Report of the Municipal Commissioner on the plague in Bombay for the year ending 31st May... - Volume 1
Disease focus: Plague
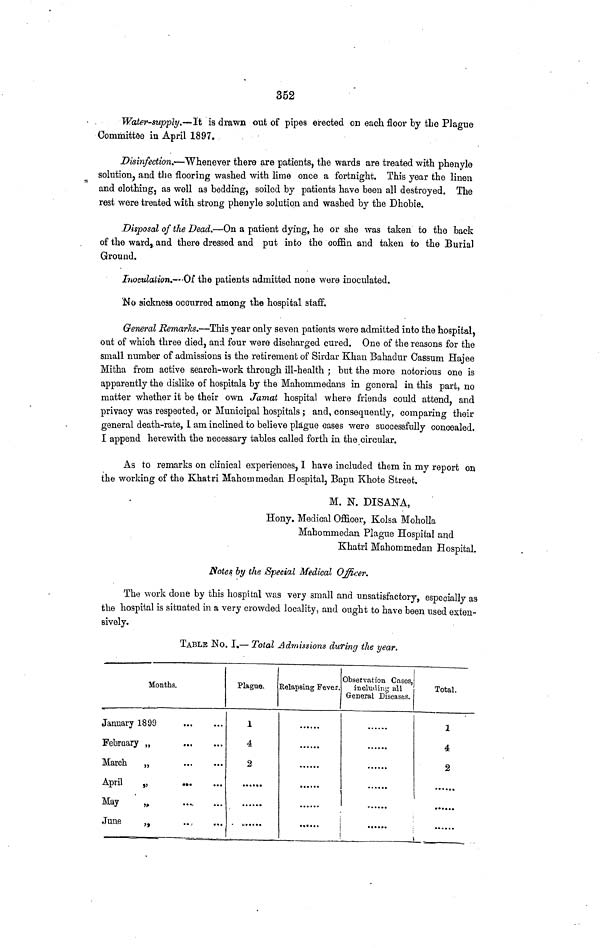
352
Water-supply.—It is drawn out of pipes erected on each floor by the Plague
Committee in April 1897.
Disinfection.—Whenever there are patients, the -wards are treated with phenyle
solution, and the flooring washed with lime once a fortnight. This year the linen
and clothing, as well as bedding, soiled by patients have been all destroyed. The
rest were treated with strong phenyle solution and washed by the Dhobie.
Disposal of the Dead.—On a patient dying, he or she was taken to the back
of the ward,, and there dressed and put into the coffin and taken to the Burial
Ground.
Inoculation.—·Of the patients admitted none were inoculated.
No sickness occurred among the hospital staff.
General Remarks.—This year only seven patients were admitted into the hospital,
out of which three died, and four were discharged cured. One of the reasons for the
small number of admissions is the retirement of Sirdar Khan Bahadur Cassum Hajee
Mitha from active search-work through ill-health ; but the more notorious one is
apparently the dislike of hospitals, by the Mahommedans in general in this part, no
matter whether it be their own Jamat hospital where friends could attend, and
privacy was respected, or Municipal hospitals ; and, consequently, comparing their
general death-rate, I am inclined to believe plague cases were successfully concealed.
I append herewith the necessary tables called forth in the circular.
As to remarks on clinical experiences, I have included them in my report on
the working of the Khatri Mahommedan Hospital, Bapu Khote Street.
M. N. DISANA,
Hony. Medical Officer, Kolsa Moholla
Mahommedan Plague Hospital and
Khatri Mahommedan Hospital.
Notes by the Special Medical Officer.
The work done by this hospital was very small and unsatisfactory, especially as
the hospital is situated in a very crowded locality, and ought to have been used exten-
sively.
TABLE No. I.— Total Admissions during the year.
January
February
March
April
May
June
Months.
1899
,,
,,
,,
,,
,,
...
...
...
...
...
...
Plague.
1
4
2
Relapsing Fever.
Observation Cases,
including all
General Diseases.
Total.
1
4
2
ι